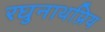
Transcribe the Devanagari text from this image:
रघुनाथप्रिय